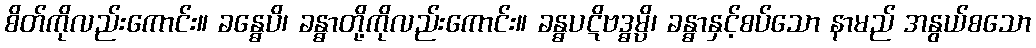
စိတ်ကိုလည်းကောင်း။ ခန္ဓေပိ၊ ခန္ဓာတို့ကိုလည်းကောင်း။ ခန္ဓပဋိဗဒ္ဓမ္ပိ၊ ခန္ဓာနှင့်စပ်သော နာမည် အနွယ်စသော